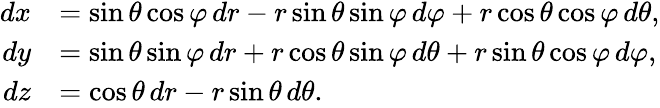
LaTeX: \begin{array}{rl}{dx}&{=\sin\theta\cos\varphi\, dr-r\sin\theta\sin\varphi\, d\varphi+r\cos\theta\cos\varphi\, d\theta,}\\ {dy}&{=\sin\theta\sin\varphi\, dr+r\cos\theta\sin\varphi\, d\theta+r\sin\theta\cos\varphi\, d\varphi,}\\ {dz}&{=\cos\theta\, dr-r\sin\theta\, d\theta.}\end{array}